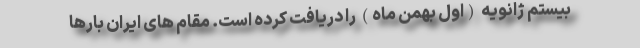
بیستم ژانویه (اول بهمن ماه) را دریافت کرده است. مقام های ایران بارها